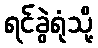
ရင်ခွဲရုံသို့